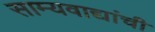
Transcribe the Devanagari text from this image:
साम्यवाद्यांची